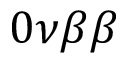
0 \nu \beta \beta